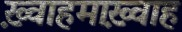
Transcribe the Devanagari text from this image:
ख़्वाहमाख़्वाह